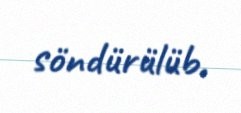
söndürülüb.